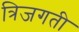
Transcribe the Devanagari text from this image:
त्रिजगती